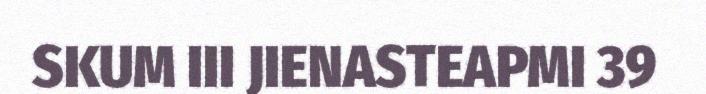
SKUM III JIENASTEAPMI 39